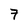
Character: 7